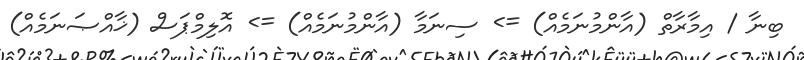
ބިނާ / އިމާރާތް (އާންމުނަމެއް) => ސިނަމާ (އާންމުނަމެއް) => އޮލިމްޕަސް (ޚާއްޞަނަމެއް)